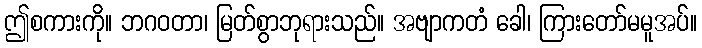
ဤစကားကို။ ဘဂဝတာ၊ မြတ်စွာဘုရားသည်။ အဗျာကတံ ခေါ၊ ကြားတော်မမူအပ်။